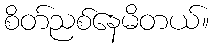
စိတ်ညစ်နေမိတယ်။